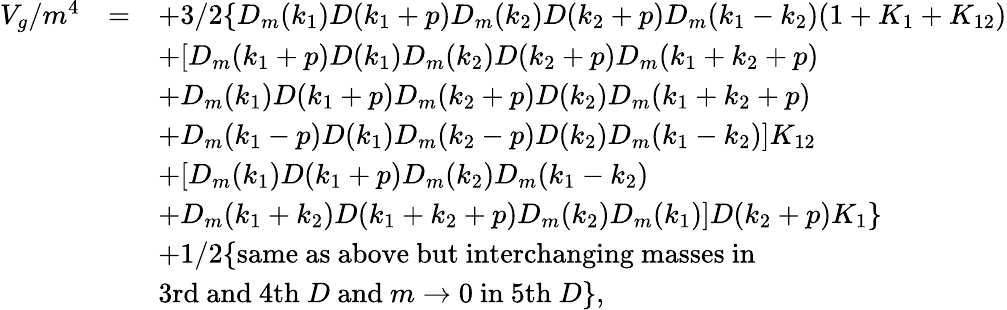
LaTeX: \begin{array}{rcl}{{V_{g}/m^{4}}}&{{=}}&{{\displaystyle+3/2\{ D_{m}(k_{1})D(k_{1}+p)D_{m}(k_{2})D(k_{2}+p)D_{m}(k_{1}-k_{2})(1+K_{1}+K_{12})}}\\ {{}}&{{}}&{{\displaystyle+[D_{m}(k_{1}+p)D(k_{1})D_{m}(k_{2})D(k_{2}+p)D_{m}(k_{1}+k_{2}+p)}}\\ {{}}&{{}}&{{\displaystyle+D_{m}(k_{1})D(k_{1}+p)D_{m}(k_{2}+p)D(k_{2})D_{m}(k_{1}+k_{2}+p)}}\\ {{}}&{{}}&{{\displaystyle+D_{m}(k_{1}-p)D(k_{1})D_{m}(k_{2}-p)D(k_{2})D_{m}(k_{1}-k_{2})]K_{12}}}\\ {{}}&{{}}&{{\displaystyle+[D_{m}(k_{1})D(k_{1}+p)D_{m}(k_{2})D_{m}(k_{1}-k_{2})}}\\ {{}}&{{}}&{{\displaystyle+D_{m}(k_{1}+k_{2})D(k_{1}+k_{2}+p)D_{m}(k_{2})D_{m}(k_{1})]D(k_{2}+p)K_{1}\} }}\\ {{}}&{{}}&{{\displaystyle+1/2\{ \mathrm{same~as~above~but~interchanging~masses~in~}}}\\ {{}}&{{}}&{{\displaystyle\mathrm{3rd~and~4th~}D\mathrm{~and~}m\to 0\mathrm{~in~5th~}D\} ,}}\end{array}